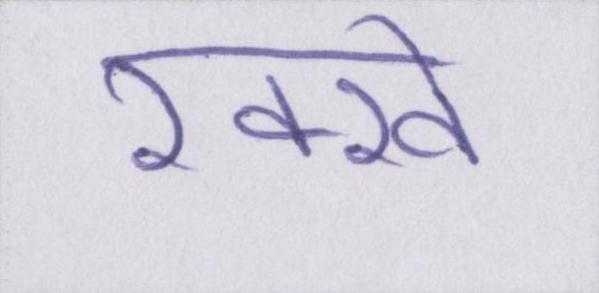
रक्खे